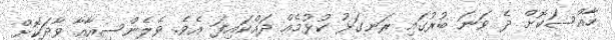
ހާއްސަކޮށް ދެ ވަނަ ބުރުގައި ރަނގަޅު ކުޅުމެއް ދައްކައިފަ އެވެ. ވެލެންސިއާއާ ވާދަކޮށް